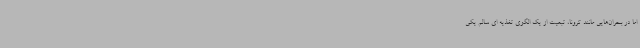
اما در بحران‌هایی مانند کرونا، تبعیت از یک الگوی تغذیه ای سالم یکی